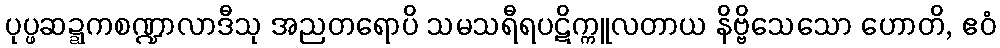
ပုပ္ဖဆဍ္ဍကစဏ္ဍာလာဒီသု အညတရောပိ သမသရီရပဋိက္ကူလတာယ နိဗ္ဗိသေသော ဟောတိ, ဧဝံ